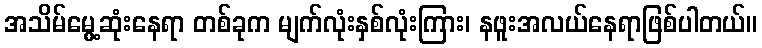
အသိမ်မွေ့ဆုံးနေရာ တစ်ခုက မျက်လုံးနှစ်လုံးကြား၊ နဖူးအလယ်နေရာဖြစ်ပါတယ်။